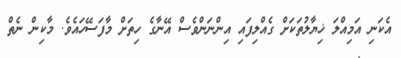
އެކަނި އަމިއްލަ ޚިޔާލުތަކަށް ގެއްލިފައި އިންނަންވެސް އޭނާގެ ހިތަށް މާފަސޭހައެވެ. މާކިން ނެތް